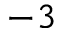
^ { - 3 }